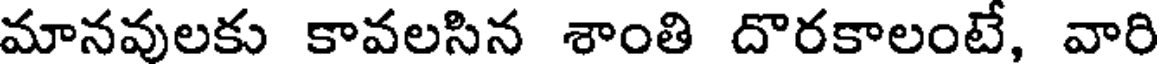
మానవులకు కావలసిన శాంతి దొరకాలంటే, వారి